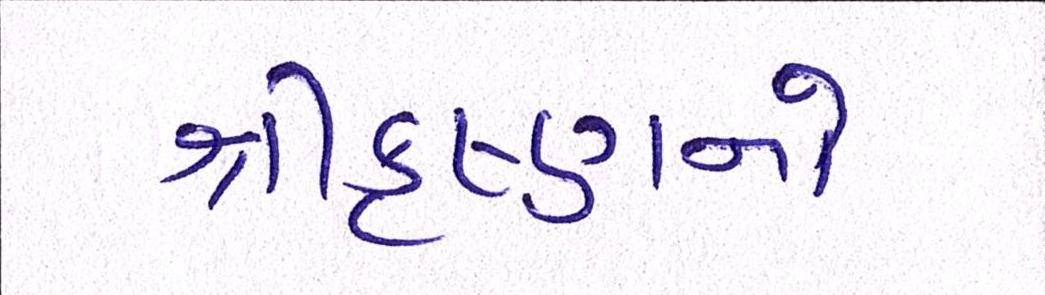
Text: શ્રીકૃષ્ણનો